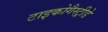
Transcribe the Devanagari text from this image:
टाइकोगैस्ट्रीडे